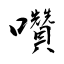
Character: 囋